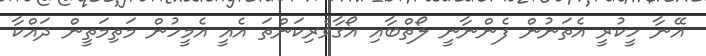
އޭނާ ހީކުރީ އެތަނުން ފެންނާނީ ލޯތްބާއި އޯގާވެރިކަންތަ އެއީ އެމީހުން މަތިމަތީން ދައްކާ